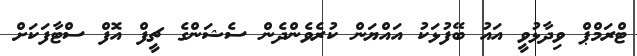
ޓްރަމްޕް ވިދާޅުވީ އައު ބޭފުޅަކު އައްޔަން ކުރެވެންދެން ސެޝަންގެ ޗީފް އޮފް ސްޓާފަކަށް